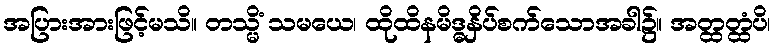
အပြားအားဖြင့်မသိ။ တသ္မိံ သမယေ၊ ထိုထိနမိဒ္ဓနှိပ်စက်သောအခါ၌။ အတ္ထတ္ထံပိ၊